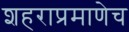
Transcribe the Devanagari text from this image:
शहराप्रमाणेच